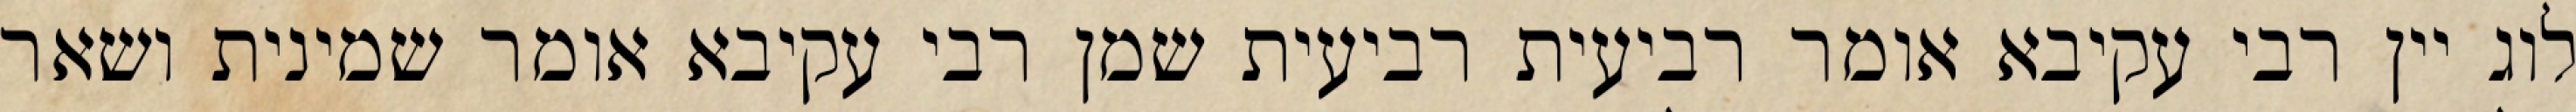
לוג יין רבי עקיבא אומר רביעית רביעית שמן רבי עקיבא אומר שמינית ושאר